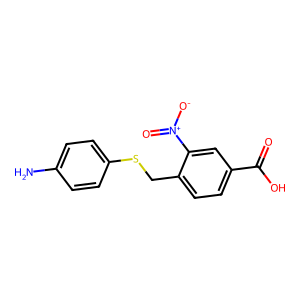
SMILES: Nc1ccc(SCc2ccc(C(=O)O)cc2[N+](=O)[O-])cc1
Inhibits HIV replication: No